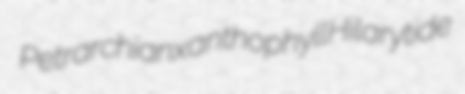
Petrarchian xanthophyll Hilarytide